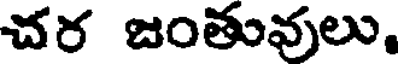
చర జంతువులు,